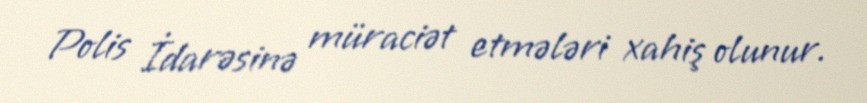
Polis İdarəsinə müraciət etmələri xahiş olunur.